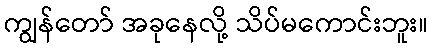
ကျွန်တော် အခုနေလို့ သိပ်မကောင်းဘူး။